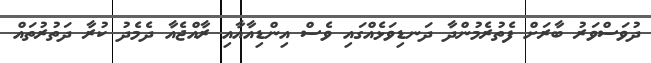
ދުވަސްވަރު ބާރަށް ފެތުރެމުންދާ ދަނޑިވަޅެއްގައި ވެސް އިންޑިއާއާއި ރާއްޖެއާ ދެމެދު ކުރާ ދަތުރުތައް